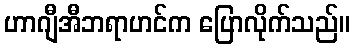
ဟာဂျီအီဘရာဟင်က ပြောလိုက်သည်။